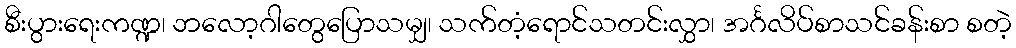
စီးပွားရေးကဏ္ဍ၊ ဘလော့ဂါတွေပြောသမျှ၊ သက်တံ့ရောင်သတင်းလွှာ၊ အင်္ဂလိပ်စာသင်ခန်းစာ စတဲ့